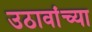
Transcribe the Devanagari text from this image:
उठावांच्या